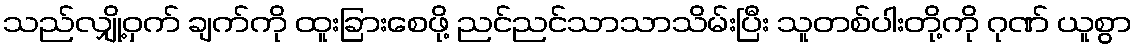
သည်လျှို့ဝှက် ချက်ကို ထူးခြားစေဖို့ ညင်ညင်သာသာသိမ်းပြီး သူတစ်ပါးတို့ကို ဂုဏ် ယူစွာ